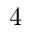
4